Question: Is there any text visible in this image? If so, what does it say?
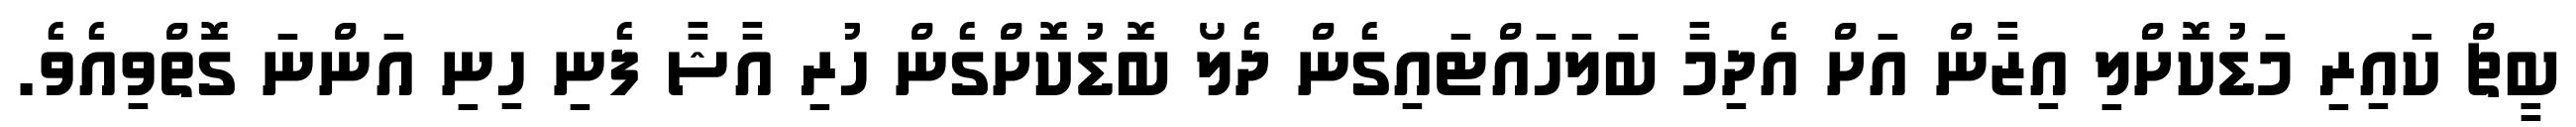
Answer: ބީޗް ކައިރި މަޑުކޮށްލި އިޒާން އަށް އެދިމާ ބަލަހައްޓައިގެން ދެލޯ ބޮޑުކޮށްގެން ހުރި އާޝާ ފެނި ހިނި އަންނަ ގޮތްވިއެވެ.